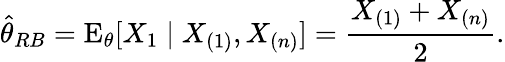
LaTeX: {\hat{\theta}}_{RB}=\operatorname{E}_{\theta}[X_{1}\mid X_{(1)},X_{(n)}]={\frac{X_{(1)}+X_{(n)}}{2}}.